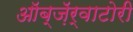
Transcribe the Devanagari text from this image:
ऑब्ज़ॅर्वाटोरी